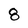
Character: 8